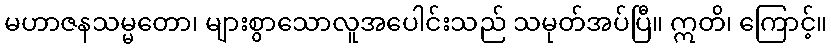
မဟာဇနသမ္မတော၊ များစွာသောလူအပေါင်းသည် သမုတ်အပ်ပြီ။ ဣတိ၊ ကြောင့်။